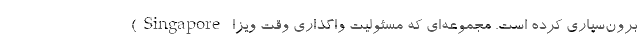
(Singapore برون‌سپاری کرده است. مجموعه‌ای که مسئولیت واگذاری وقت ویزا